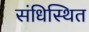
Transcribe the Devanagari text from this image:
संधिस्थित